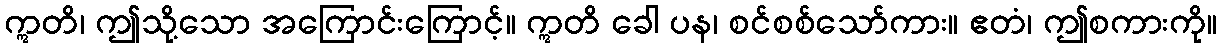
ဣတိ၊ ဤသို့သော အကြောင်းကြောင့်။ ဣတိ ခေါ ပန၊ စင်စစ်သော်ကား။ ဧတံ၊ ဤစကားကို။